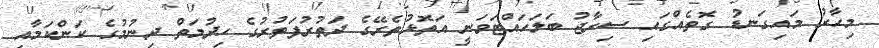
މިހާރު މައިގަނޑު ގޮތެއްގައި ސިރާޖު ބަލަހައްޓަވަނީ އަތޮޅުތެރޭގެ ދަތުރުފަތުރުގެ ހިދުމަތް ދިނުމުގެ ކަންކަމާއި